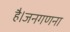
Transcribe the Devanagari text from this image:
है।जनगणना